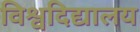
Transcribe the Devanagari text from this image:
विश्वदिद्यालय